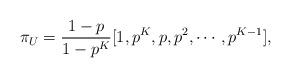
\begin{align*}\pi_{U} = \frac{1-p}{1-p^{K}} [1, p^{K}, p, p^{2}, \cdots, p^{K-1}],\end{align*}